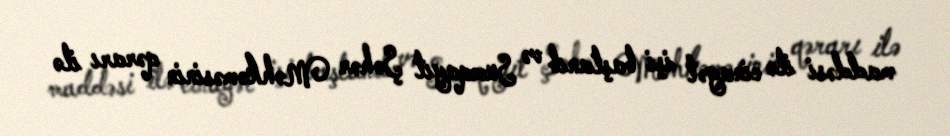
maddəsi ilə cinayət işi başlanıb və Sumqayıt Şəhər Məhkəməsinin qərarı ilə